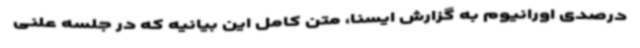
درصدی اورانیوم به گزارش ایسنا، متن کامل این بیانیه که در جلسه علنی